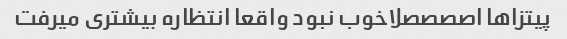
پیتزاها اصصصصلاخوب نبود واقعا انتظاره بیشتری میرفت